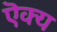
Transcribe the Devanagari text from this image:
ऎक्य